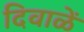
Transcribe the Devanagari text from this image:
दिवाळें